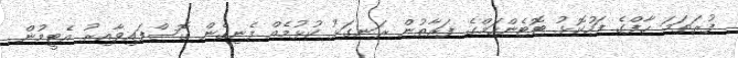
ފުރަތަމަ ހާފްގެ ފަހުކޮޅު ޓޮޓެންހަމްގެ ފަރާތުން ރަނގަޅު ކުޅުމެއް ފެނިގެން ގޮސްފައިވާއިރު އެޓީމުން